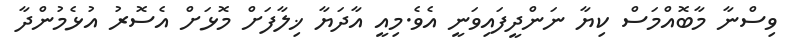
ވިސްނާ މާބޮއްމަސް ކިޔާ ނަންދީފައިވަނީ އެވެ.މިއީ އާދަޔާ ޚިލާފަށް މޮޅަށް އެސޮރު އުޅެމުންދާ